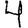
Digit: 4